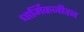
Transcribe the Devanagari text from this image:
धार्मिकजीवन